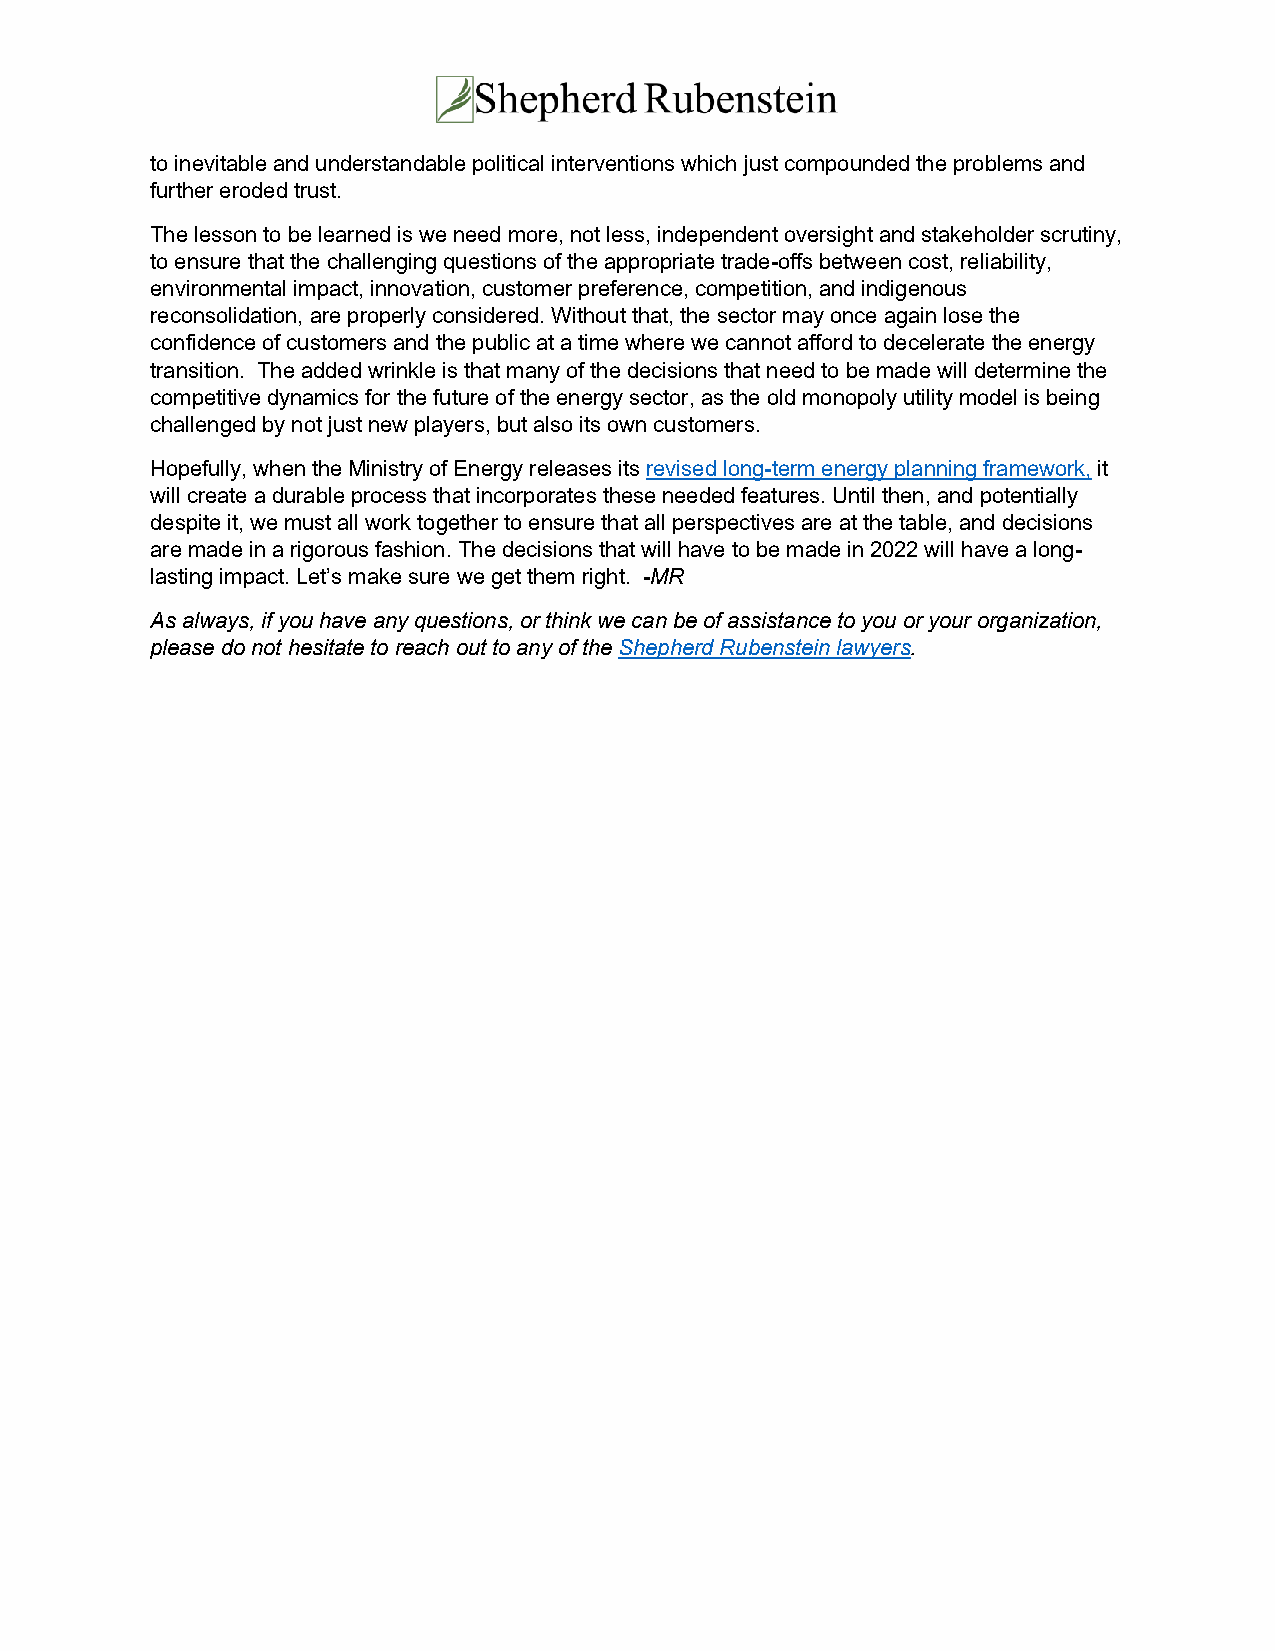
to inevitable and understandable political interventions which just compounded the problems and
 further eroded trust.
 The lesson to be learned is we need more, not less, independent oversight and stakeholder scrutiny,
 to ensure that the challenging questions of the appropriate trade-offs between cost, reliability,
 environmental impact, innovation, customer preference, competition, and indigenous
 reconsolidation, are properly considered. Without that, the sector may once again lose the
 confidence of customers and the public at a time where we cannot afford to decelerate the energy
 transition. The added wrinkle is that many of the decisions that need to be made will determine the
 competitive dynamics for the future of the energy sector, as the old monopoly utility model is being
 challenged by not just new players, but also its own customers.
 Hopefully, when the Ministry of Energy releases its revised long-term energy planning framework, it
 will create a durable process that incorporates these needed features. Until then, and potentially
 despite it, we must all work together to ensure that all perspectives are at the table, and decisions
 are made in a rigorous fashion. The decisions that will have to be made in 2022 will have a long-
 lasting impact. Let’s make sure we get them right. -MR
 As always, if you have any questions, or think we can be of assistance to you or your organization,
 please do not hesitate to reach out to any of the Shepherd Rubenstein lawyers.